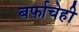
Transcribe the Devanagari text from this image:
बर्फाचेही